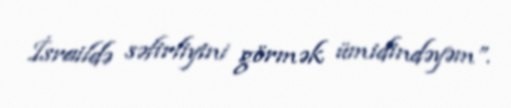
İsraildə səfirliyini görmək ümidindəyəm”.